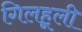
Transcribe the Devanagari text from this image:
गिलहूली